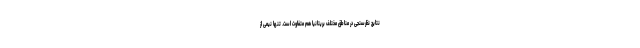
نتایج نظرسنجی در مناطق مختلف بریتانیا هم متفاوت است. تنها نیمی از